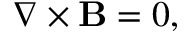
\nabla \times \mathbf { B } = 0 ,